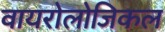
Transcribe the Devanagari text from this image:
वायरोलोजिकल